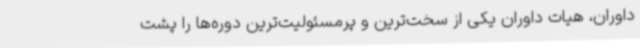
داوران، هیات داوران یکی از سخت‌ترین و پرمسئولیت‌ترین دوره‌ها را پشت